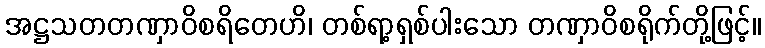
အဋ္ဌသတတဏှာဝိစရိတေဟိ၊ တစ်ရာ့ရှစ်ပါးသော တဏှာဝိစရိုက်တို့ဖြင့်။